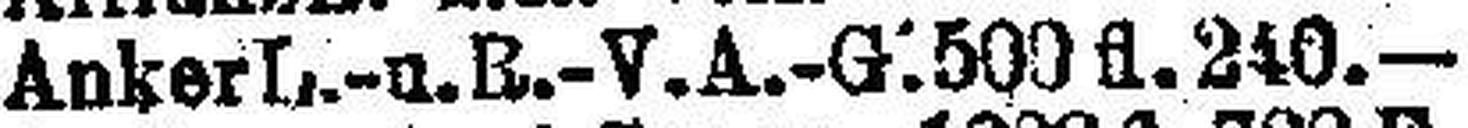
Anker L.-u. B.-V. A.-G. 500 fl. 240.—